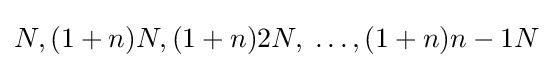
N,(1+n)N,(1+n)2N,\;\ldots ,(1+n)n-1N